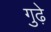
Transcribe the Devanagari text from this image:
गुढ़े